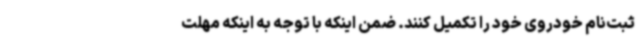
ثبت‌نام خودروی خود را تکمیل کنند. ضمن اینکه با توجه به اینکه مهلت